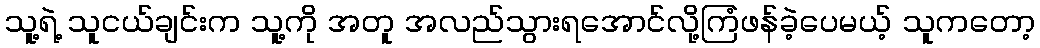
သူ့ရဲ့ သူငယ်ချင်းက သူ့ကို အတူ အလည်သွားရအောင်လို့ကြံဖန်ခဲ့ပေမယ့် သူကတော့